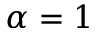
\alpha = 1